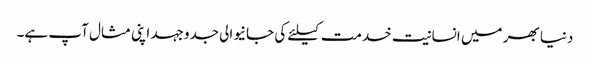
دنیا بھر میں انسانیت خدمت کیلئے کی جانیوالی جدوجہد اپنی مثال آپ ہے۔